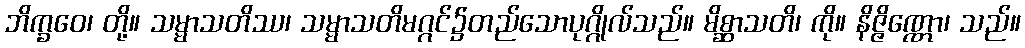
ဘိက္ခဝေ၊ တို့။ သမ္မာသတိဿ၊ သမ္မာသတိမဂ္ဂင်၌တည်သောပုဂ္ဂိုလ်သည်။ မိစ္ဆာသတိ၊ ကို။ နိဇ္ဇိဏ္ဏော၊ သည်။